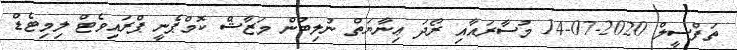
ތަފްސީލް 2020-07-14 މުސާރައާއި ރޯދަ ޢިނާޔަތް ނުލިބުން މަޒާޝް ކޮމްޕެނީ ޕްރައިވެޓް ލިމިޓެޑް